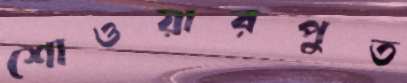
শোওয়ারপুত